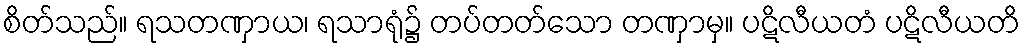
စိတ်သည်။ ရသတဏှာယ၊ ရသာရုံ၌ တပ်တတ်သော တဏှာမှ။ ပဋိလီယတံ ပဋိလီယတိ